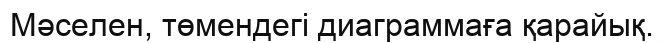
Мәселен, төмендегі диаграммаға қарайық.